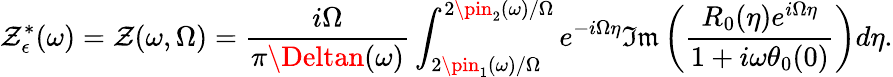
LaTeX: \mathcal{Z}_{\epsilon}^{*}(\omega)=\mathcal{Z}(\omega,\Omega)=\frac{{i\Omega}}{{\pi\Deltan(\omega)}}\int_{2\pin_{1}(\omega)/\Omega}^{2\pin_{2}(\omega)/\Omega}e^{-i\Omega\eta}\mathfrak{{Im}}\left(\frac{{R_{0}(\eta)e^{i\Omega\eta}}}{{1+i\omega\theta_{0}(0)}}\right)d\eta.